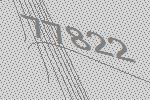
77822